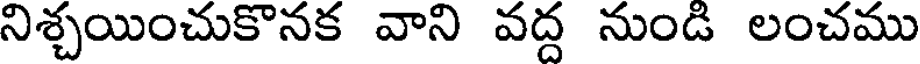
నిశ్చయించుకొనక వాని వద్ద నుండి లంచము